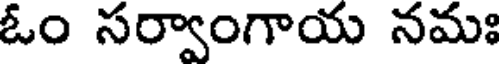
ఓం సర్వాంగాయ నమః